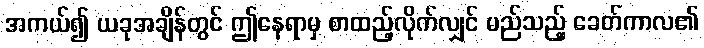
အကယ်၍ ယခုအချိန်တွင် ဤနေရာမှ စာထည့်လိုက်လျှင် မည်သည့် ခေတ်ကာလ၏